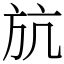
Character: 𣃚